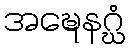
အဍ္ဎေနဂ္ဃံ